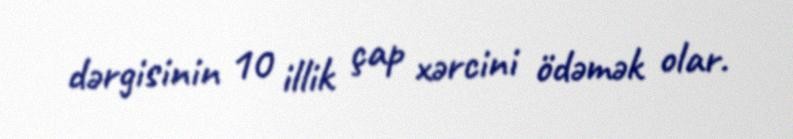
dərgisinin 10 illik çap xərcini ödəmək olar.